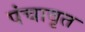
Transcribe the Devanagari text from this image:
पंचावृत